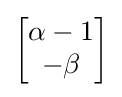
{\begin{bmatrix}\alpha -1\\-\beta \end{bmatrix}}